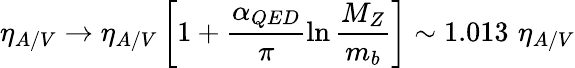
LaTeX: \eta_{A/V}\to\eta_{A/V}\left[1+\frac{\alpha_{QED}}{\pi}\ln\frac{M_{Z}}{m_{b}}\right]\sim 1.013\, \, \eta_{A/V}